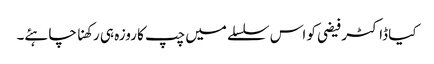
کیا ڈاکٹر فیضی کو اس سلسلے میں چپ کا روزہ ہی رکھنا چاہئے۔